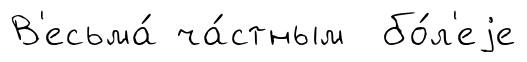
В'есьма́ ча́стным бо́л'еjе